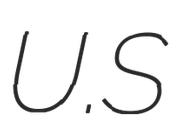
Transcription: U.S